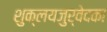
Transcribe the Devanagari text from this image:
शुक्लयजुर्वेदका